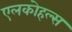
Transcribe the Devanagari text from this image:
एलकोहल्स